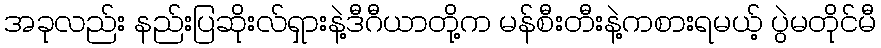
အခုလည်း နည်းပြဆိုးလ်ရှားနဲ့ဒီဂီယာတို့က မန်စီးတီးနဲ့ကစားရမယ့် ပွဲမတိုင်မီ